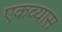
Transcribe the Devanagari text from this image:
एकव्यास